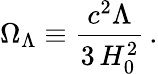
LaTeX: \Omega_{\Lambda}\equiv\frac{c^{2}\Lambda}{3\, H_{0}^{2}}\, .